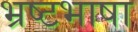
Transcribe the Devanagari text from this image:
भ्रष्टभाषा